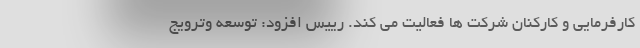
کارفرمایی و کارکنان شرکت ها فعالیت می کند. رییس افزود: توسعه وترویج